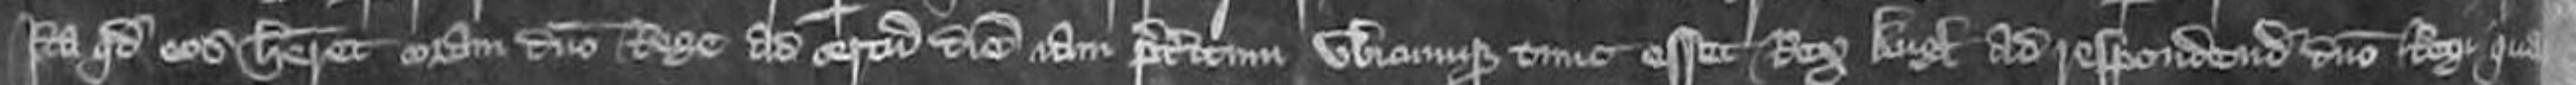
Ita quod eos haberet coram domino rege ad certum diem iam preteritum ubicumque tunc esset Rex Anglie ad respondendum domino regi quare